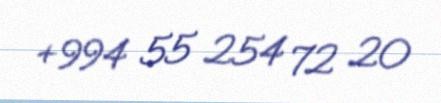
+994 55 254 72 20